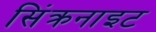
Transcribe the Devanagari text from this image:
सिंक्रनाइट